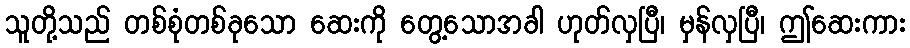
သူတို့သည် တစ်စုံတစ်ခုသော ဆေးကို တွေ့သောအခါ ဟုတ်လှပြီ၊ မှန်လှပြီ၊ ဤဆေးကား